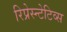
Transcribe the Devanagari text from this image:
रिप्रेस्न्टेटिव्स